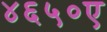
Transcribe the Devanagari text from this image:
४६५०ए